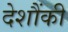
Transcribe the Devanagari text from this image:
देशौंकी